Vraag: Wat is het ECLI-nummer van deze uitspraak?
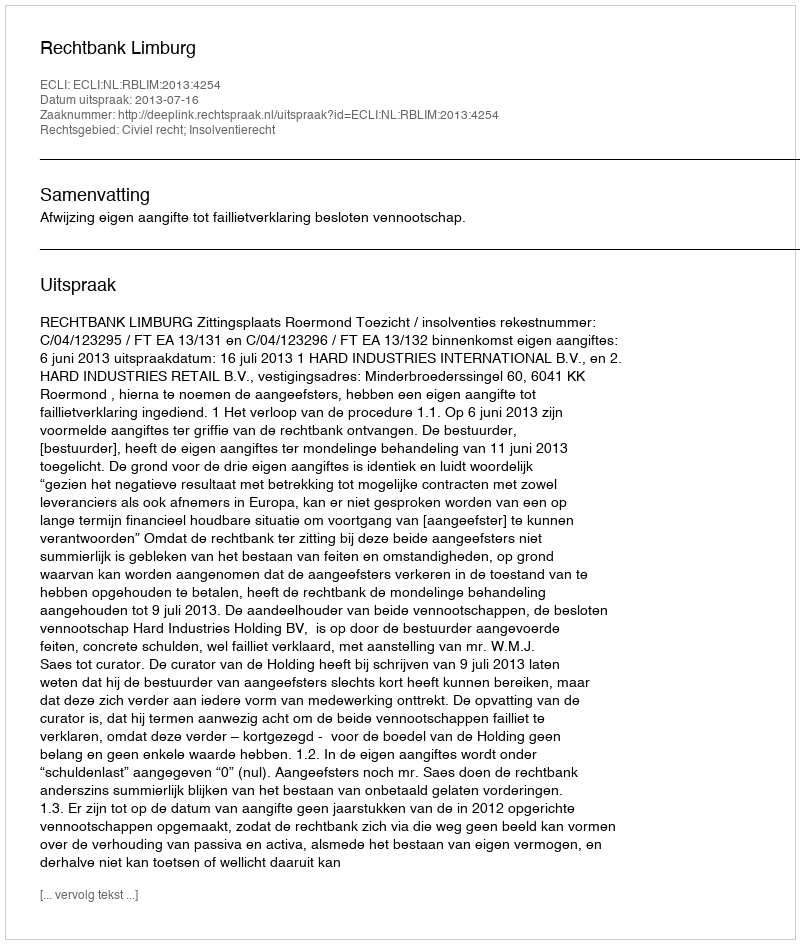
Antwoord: ECLI:NL:RBLIM:2013:4254